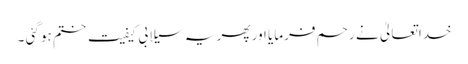
خدا تعالیٰ نے رحم فرمایا اور پھر یہ سیلابی کیفیت ختم ہو گئی ۔